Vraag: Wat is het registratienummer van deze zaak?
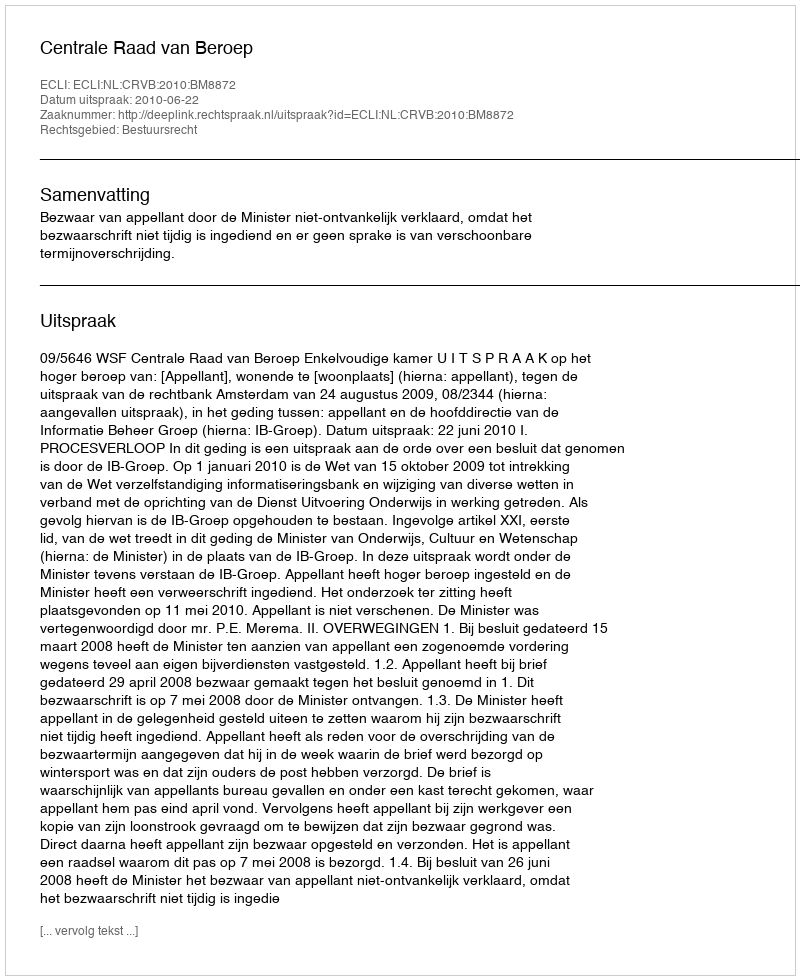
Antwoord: http://deeplink.rechtspraak.nl/uitspraak?id=ECLI:NL:CRVB:2010:BM8872